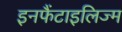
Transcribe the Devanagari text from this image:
इनफैंटाइलिज्म